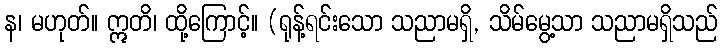
န၊ မဟုတ်။ ဣတိ၊ ထို့ကြောင့်။ (ရုန့်ရင်းသော သညာမရှိ, သိမ်မွေ့သာ သညာမရှိသည်